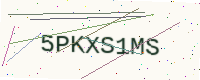
Text: 5PKXS1MS